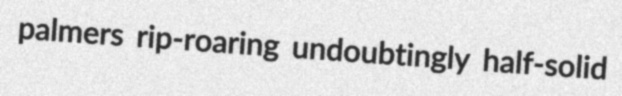
palmers rip-roaring undoubtingly half-solid